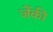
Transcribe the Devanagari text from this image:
जेंकी